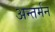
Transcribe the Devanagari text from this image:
अन्‍तर्मन